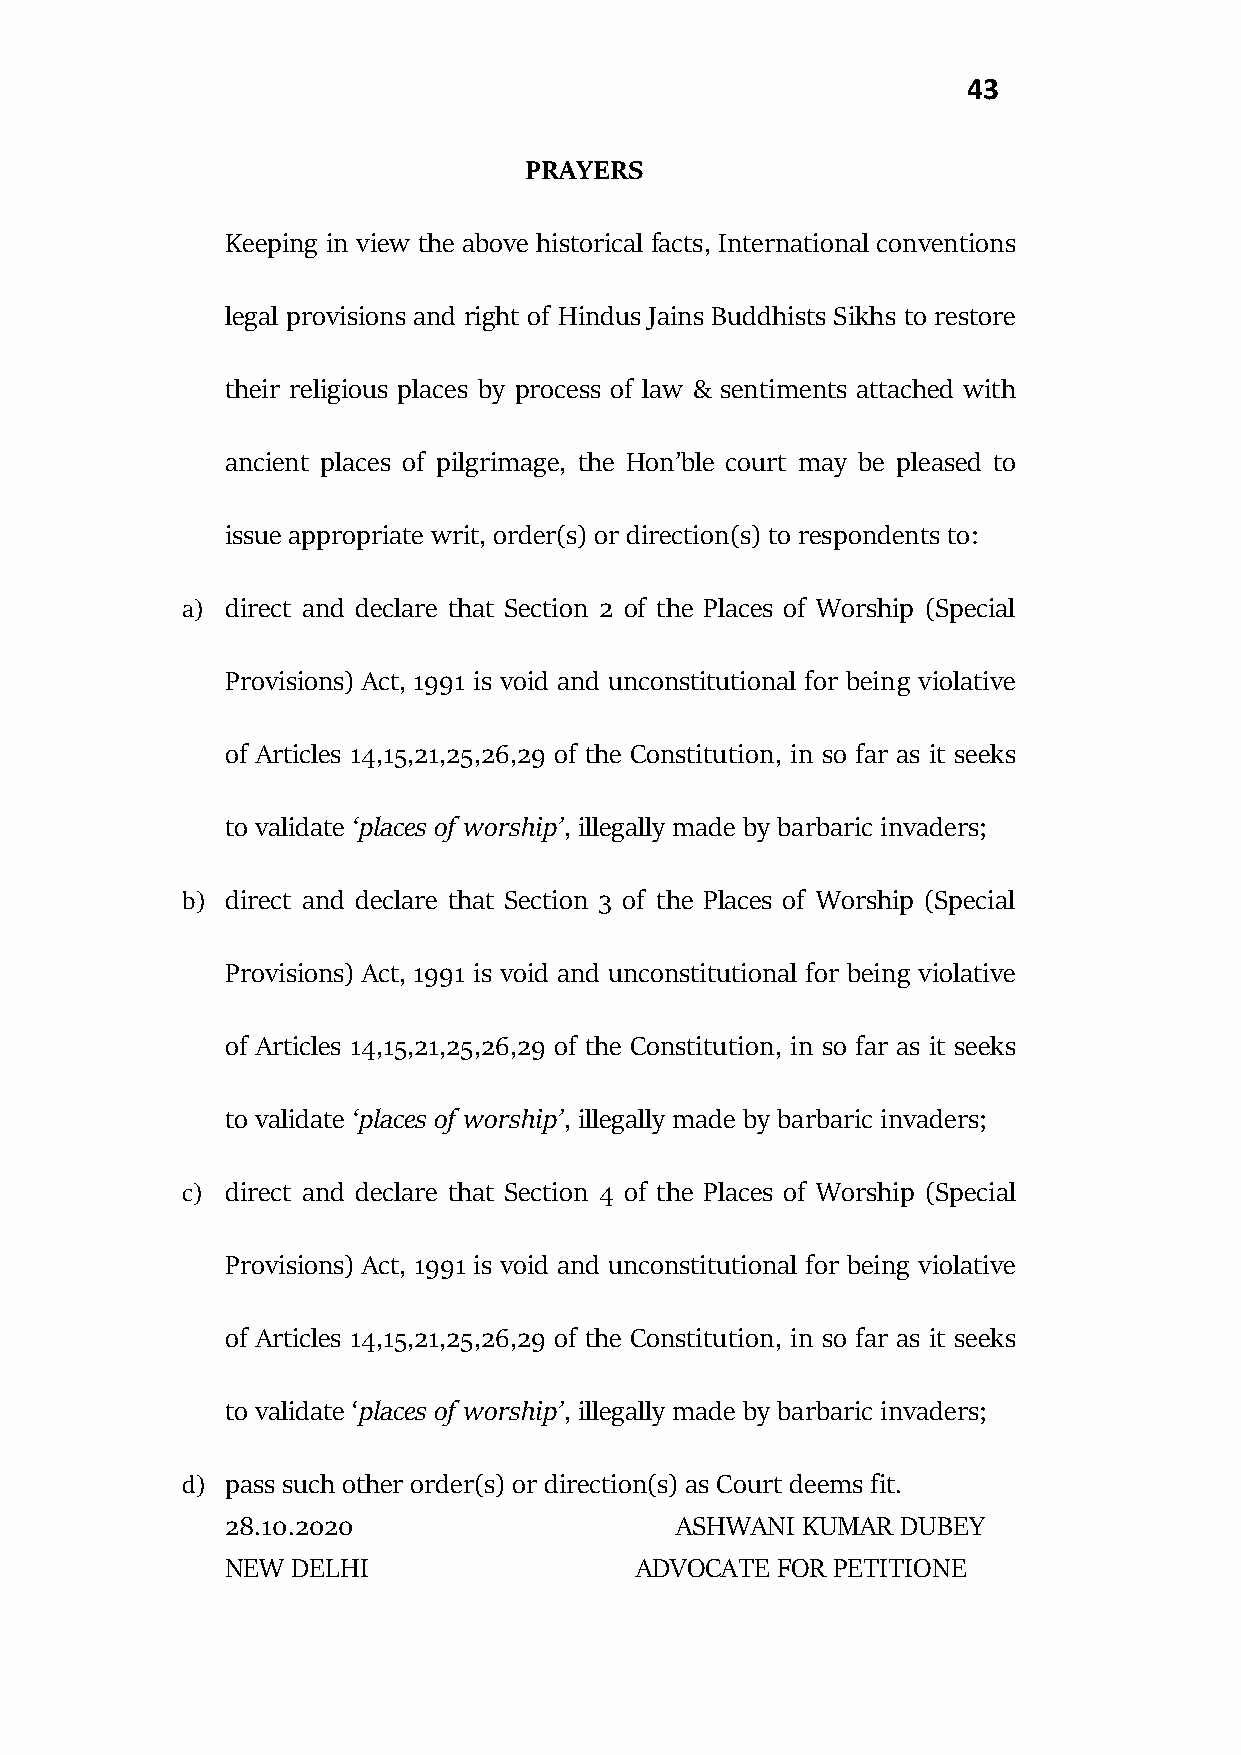
43
 PRAYERS
 Keeping in view the above historical facts, International conventions
 legal provisions and right of Hindus Jains Buddhists Sikhs to restore
 their religious places by process of law & sentiments attached with
 ancient places of pilgrimage, the Hon’ble court may be pleased to
 issue appropriate writ, order(s) or direction(s) to respondents to:
 a) direct and declare that Section 2 of the Places of Worship (Special
 Provisions) Act, 1991 is void and unconstitutional for being violative
 of Articles 14,15,21,25,26,29 of the Constitution, in so far as it seeks
 to validate ‘places of worship’, illegally made by barbaric invaders;
 b) direct and declare that Section 3 of the Places of Worship (Special
 Provisions) Act, 1991 is void and unconstitutional for being violative
 of Articles 14,15,21,25,26,29 of the Constitution, in so far as it seeks
 to validate ‘places of worship’, illegally made by barbaric invaders;
 c) direct and declare that Section 4 of the Places of Worship (Special
 Provisions) Act, 1991 is void and unconstitutional for being violative
 of Articles 14,15,21,25,26,29 of the Constitution, in so far as it seeks
 to validate ‘places of worship’, illegally made by barbaric invaders;
 d) pass such other order(s) or direction(s) as Court deems fit.
 28.10.2020                    ASHWANI KUMAR  DUBEY
 NEW DELHI                  ADVOCATE FOR PETITIONE